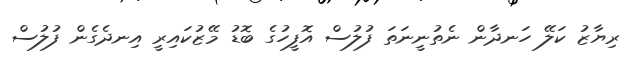
ރިޔާޒު ކަލޭ ހަނދާން ނެތުނީނަތަ ފުލުސް އޮފީހުގެ ބޮޑު މޭޒުކައިރީ އިނދެގެން ފުލުސް